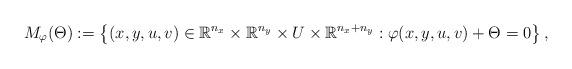
LaTeX: \begin{align*}M_{\varphi}(\Theta):=\left\{(x,y,u,v)\in \mathbb{R}^{n_{x}}\times \mathbb{R}^{n_{y}}\times U \times\mathbb{R}^{n_{x}+n_{y}}: \varphi(x,y,u,v)+ \Theta=0\right\},\end{align*}